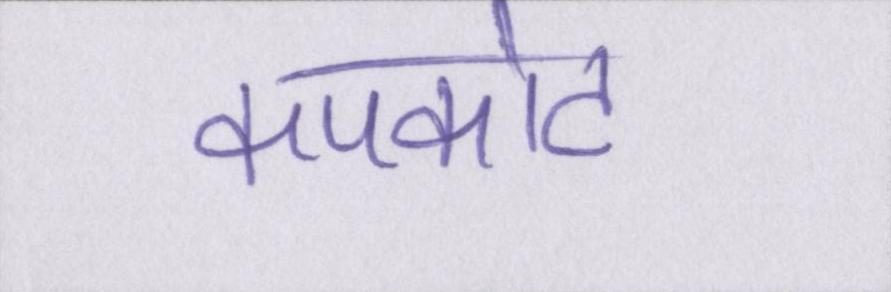
कपकोट